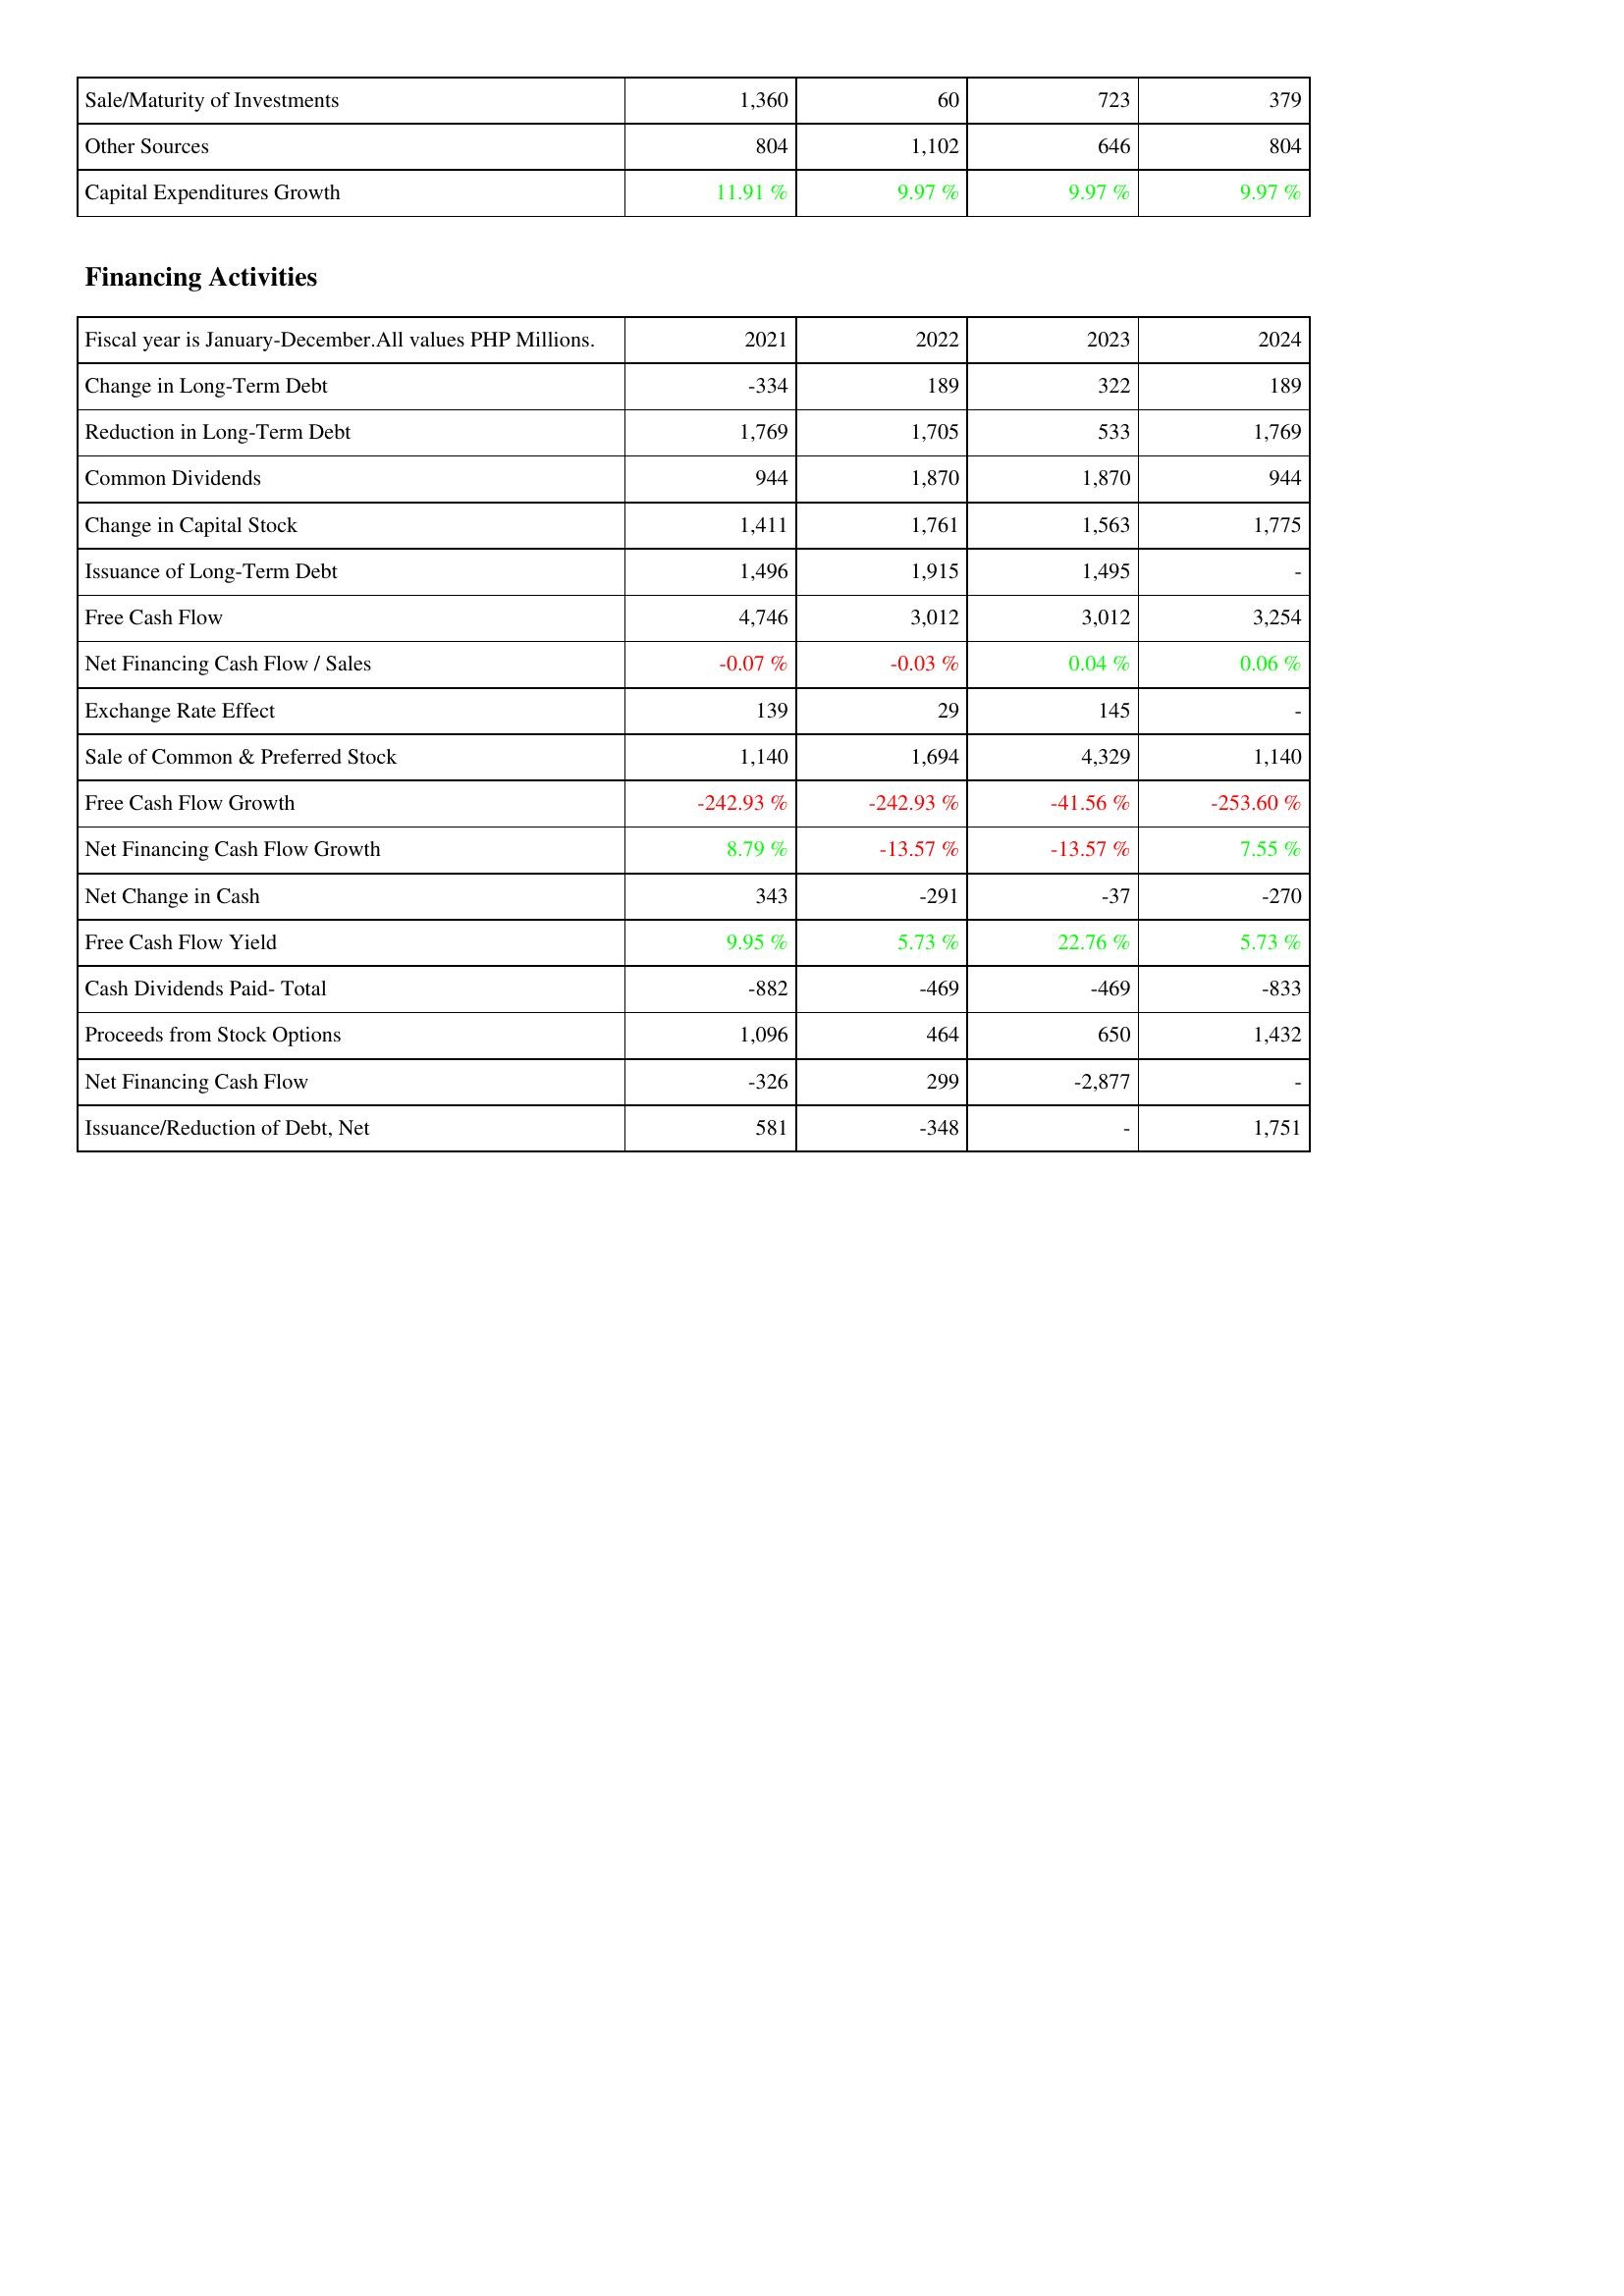
2021: Investing Activities: Sale/Maturity of Investments: 1,360
Other Sources: 804
Capital Expenditures Growth: 11.91 %
Financing Activities: Change in Long-Term Debt: -334
Reduction in Long-Term Debt: 1,769
Common Dividends: 944
Change in Capital Stock: 1,411
Issuance of Long-Term Debt: 1,496
Free Cash Flow: 4,746
Net Financing Cash Flow / Sales: -0.07 %
Exchange Rate Effect: 139
Sale of Common & Preferred Stock: 1,140
Free Cash Flow Growth: -242.93 %
Net Financing Cash Flow Growth: 8.79 %
Net Change in Cash: 343
Free Cash Flow Yield: 9.95 %
Cash Dividends Paid- Total: -882
Proceeds from Stock Options: 1,096
Net Financing Cash Flow: -326
Issuance/Reduction of Debt, Net: 581
2022: Investing Activities: Sale/Maturity of Investments: 60
Other Sources: 1,102
Capital Expenditures Growth: 9.97 %
Financing Activities: Change in Long-Term Debt: 189
Reduction in Long-Term Debt: 1,705
Common Dividends: 1,870
Change in Capital Stock: 1,761
Issuance of Long-Term Debt: 1,915
Free Cash Flow: 3,012
Net Financing Cash Flow / Sales: -0.03 %
Exchange Rate Effect: 29
Sale of Common & Preferred Stock: 1,694
Free Cash Flow Growth: -242.93 %
Net Financing Cash Flow Growth: -13.57 %
Net Change in Cash: -291
Free Cash Flow Yield: 5.73 %
Cash Dividends Paid- Total: -469
Proceeds from Stock Options: 464
Net Financing Cash Flow: 299
Issuance/Reduction of Debt, Net: -348
2023: Investing Activities: Sale/Maturity of Investments: 723
Other Sources: 646
Capital Expenditures Growth: 9.97 %
Financing Activities: Change in Long-Term Debt: 322
Reduction in Long-Term Debt: 533
Common Dividends: 1,870
Change in Capital Stock: 1,563
Issuance of Long-Term Debt: 1,495
Free Cash Flow: 3,012
Net Financing Cash Flow / Sales: 0.04 %
Exchange Rate Effect: 145
Sale of Common & Preferred Stock: 4,329
Free Cash Flow Growth: -41.56 %
Net Financing Cash Flow Growth: -13.57 %
Net Change in Cash: -37
Free Cash Flow Yield: 22.76 %
Cash Dividends Paid- Total: -469
Proceeds from Stock Options: 650
Net Financing Cash Flow: -2,877
Issuance/Reduction of Debt, Net: -
2024: Investing Activities: Sale/Maturity of Investments: 379
Other Sources: 804
Capital Expenditures Growth: 9.97 %
Financing Activities: Change in Long-Term Debt: 189
Reduction in Long-Term Debt: 1,769
Common Dividends: 944
Change in Capital Stock: 1,775
Issuance of Long-Term Debt: -
Free Cash Flow: 3,254
Net Financing Cash Flow / Sales: 0.06 %
Exchange Rate Effect: -
Sale of Common & Preferred Stock: 1,140
Free Cash Flow Growth: -253.60 %
Net Financing Cash Flow Growth: 7.55 %
Net Change in Cash: -270
Free Cash Flow Yield: 5.73 %
Cash Dividends Paid- Total: -833
Proceeds from Stock Options: 1,432
Net Financing Cash Flow: -
Issuance/Reduction of Debt, Net: 1,751